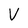
Character: V